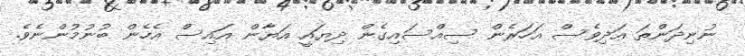
ނުނިދަންތަ އަދިވެސް އަހަރެން ސިއްސައިގެން ދިޔައީ އަޔާން އައިސް އެހެން ބުނުމުންނެވެ.